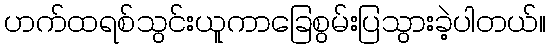
ဟက်ထရစ်သွင်းယူကာခြေစွမ်းပြသွားခဲ့ပါတယ်။